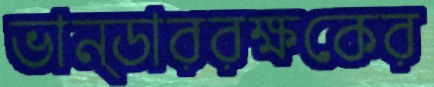
ভান্ডাররক্ষকের